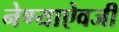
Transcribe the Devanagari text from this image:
नेण्याऐवजी